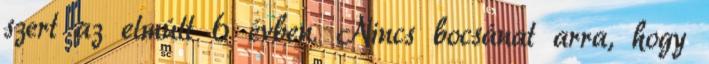
szert az elmúlt 6 évben. Nincs bocsánat arra, hogy